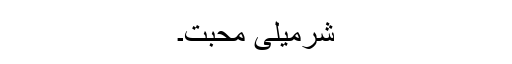
شرمیلی محبت۔